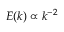
E ( k ) \propto k ^ { - 2 }